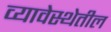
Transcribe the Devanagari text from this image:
व्यावेस्थेतील